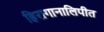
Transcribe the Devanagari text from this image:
हिरागानालिपीत